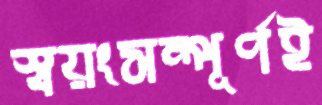
স্বয়ংসম্পূর্ণই